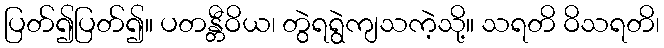
ပြတ်၍ပြတ်၍။ ပတန္တီဝိယ၊ တွဲရရွဲကျသကဲ့သို့။ သရတိ ဝိသရတိ၊